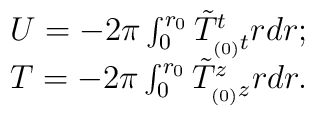
\begin{array}{ll}U = -2 \pi \int_{0}^{r_0}\tilde T^t_{_{(0)}t} r dr;\\T = - 2 \pi \int_{0}^{r_0} \tilde T^z_{_{(0)}z} rdr.\end{array}